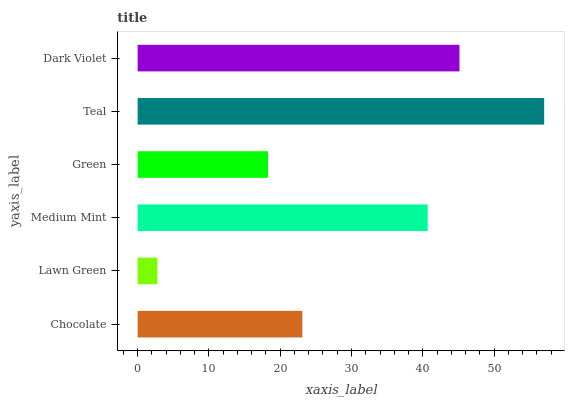
| yaxis_label | bars |
 | --- | --- |
 | Chocolate | 23.1 |
 | Lawn Green | 2.76 |
 | Medium Mint | 40.7 |
 | Green | 18.3 |
 | Teal | 57 |
 | Dark Violet | 45.1 |